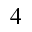
^ 4